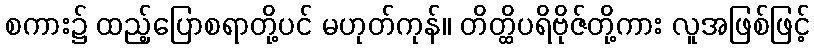
စကား၌ ထည့်ပြောစရာတို့ပင် မဟုတ်ကုန်။ တိတ္ထိပရိဗိုဇ်တို့ကား လူအဖြစ်ဖြင့်